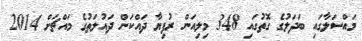
މައްސަލާގައި ބަދަލުގެ ގޮތުގައި 348 މިލިއަން ރުފިޔާ ދައްކަން ދައުލަތުގެ މައްޗަށް 2014